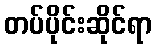
တပ်ပိုင်းဆိုင်ရာ